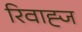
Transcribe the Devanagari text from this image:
रिवाह्ज